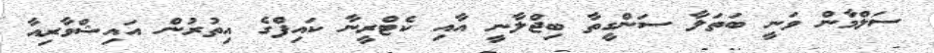
ސަލްމާން ވަނީ ބަތަލާ ސަންގީތާ ބިޖްލާނީ އާއި ކެޓްރީނާ ކައިފްގެ އިތުރުން އައިޝްވާރިއާ